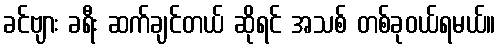
ခင်ဗျား ခရီး ဆက်ချင်တယ် ဆိုရင် အသစ် တစ်ခုဝယ်ရမယ်။